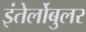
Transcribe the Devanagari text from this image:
इंतेर्लोबुलर